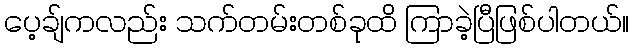
ပေ့ချ်ကလည်း သက်တမ်းတစ်ခုထိ ကြာခဲ့ပြီဖြစ်ပါတယ်။